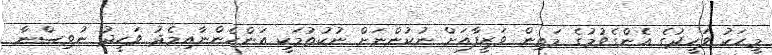
މީހަކު ވަހީދުގެ އެންގެވުމުގެ މަތިން ވަޒީފާއަށް ނުކުންނަށް ނުކުތުމަކީ އަންހެންނާއިމެދު ވަހީދު ނުވިސްނާ